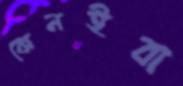
কেনইবা